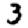
Digit: 3